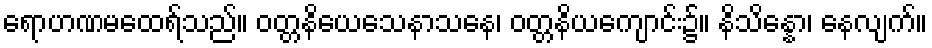
ရောဟဏမထေရ်သည်။ ဝတ္တနိယေသေနာသနေ၊ ဝတ္တနိယကျောင်း၌။ နိသိန္နော၊ နေလျက်။